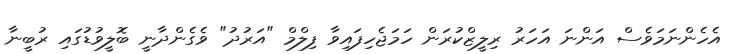
އެހެންނަމަވެސް އަންނަ އަހަރު ރިލީޒްކުރަން ހަމަޖެހިފައިވާ ފިލްމް "އަރުދު" ވެގެންދާނީ ބޮލީވުޑުގައި ރުބީނާ